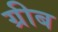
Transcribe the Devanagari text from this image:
ग्रीब